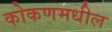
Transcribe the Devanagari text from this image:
कोकणमधील